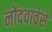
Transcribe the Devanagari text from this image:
नोंदवावेसे